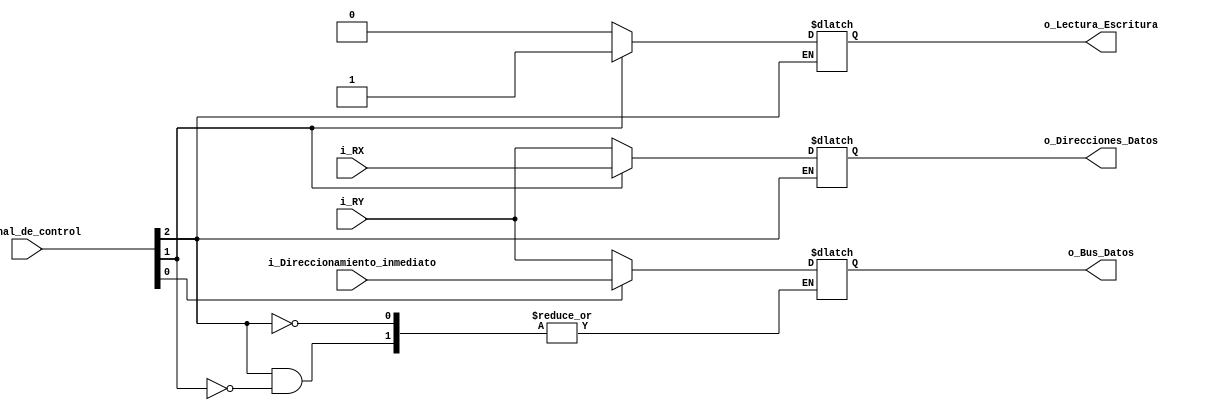
//Este componente permite seleccionar los datos que se pasarn al bus de datos
//de salida a memoria, al bus de direccionamiento y si se realizar un proceso
//de lectura o escritura en memoria. Es un componente meramente combinacional.
module Manager_de_salidas_a_memoria(
    input [7:0] i_Direccionamiento_inmediato,
    input [2:0] i_Senal_de_control,
    input [7:0] i_RX,
    input [7:0] i_RY,
    output [7:0] o_Direcciones_Datos,
    output [7:0] o_Bus_Datos,
    output o_Lectura_Escritura);

    // Se declaran los registros y las seales internas
    reg [7:0] Direcciones_Datos=0;
    reg [7:0] Bus_Datos=0;
    reg Lectura_Escritura=0;

    //Etapa de implemetacion
    //Se toman en cuenta todas las entradas para la lista de sensitividad
    always@ (*)
    begin
        if (i_Senal_de_control[2]==1) begin
            if (i_Senal_de_control[1]==0) begin
                //Lectura de memoria
                Lectura_Escritura<=0;
                Direcciones_Datos<=i_RY;
            end
            else begin
                //Escritura en memoria
                Lectura_Escritura<=1;
    
                if (i_Senal_de_control[0]==0) begin
                    //Direccionamiento indirecto
                    Direcciones_Datos<=i_RX;
                    Bus_Datos<=i_RY;
                end
                else begin
                    //Direccionamiento inmediato
                    Direcciones_Datos<=i_RX;
                    Bus_Datos<=i_Direccionamiento_inmediato;
                end
            end
        end    
    end

    assign o_Direcciones_Datos=Direcciones_Datos;
    assign o_Bus_Datos=Bus_Datos;
    assign o_Lectura_Escritura=Lectura_Escritura;
endmodule